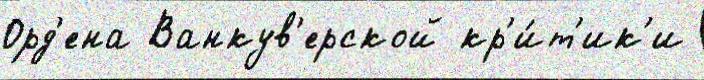
Орд'ена Ванкув'ерской кр'и́т'ик'и